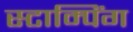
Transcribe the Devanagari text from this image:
स्टाम्पिंग